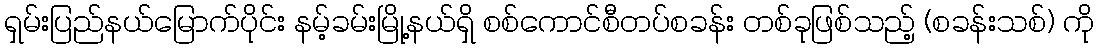
ရှမ်းပြည်နယ်မြောက်ပိုင်း နမ့်ခမ်းမြို့နယ်ရှိ စစ်ကောင်စီတပ်စခန်း တစ်ခုဖြစ်သည့် (စခန်းသစ်) ကို